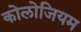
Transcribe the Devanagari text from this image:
कोलोजियम